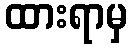
ထားရာမှ